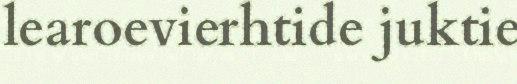
learoevierhtide juktie